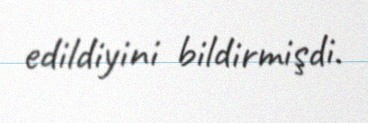
edildiyini bildirmişdi.